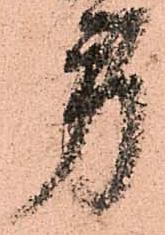
労